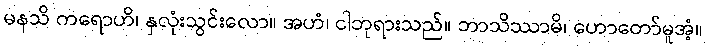
မနသိ ကရောဟိ၊ နှလုံးသွင်းလော။ အဟံ၊ ငါဘုရားသည်။ ဘာသိဿာမိ၊ ဟောတော်မူအံ့။